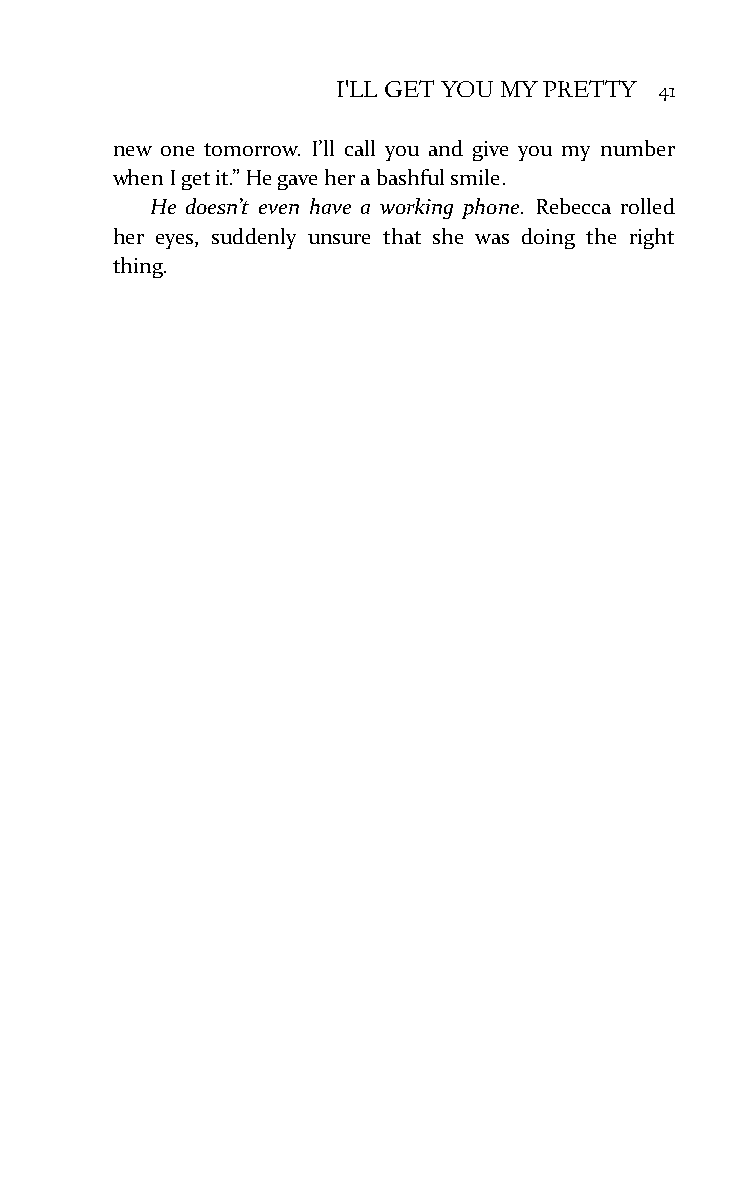
I'LL GET YOU MY PRETTY 41
 new one tomorrow. I’ll call you and give you my number
 when I get it.” He gave her a bashful smile.
 He doesn’t even have a working phone. Rebecca rolled
 her eyes, suddenly unsure that she was doing the right
 thing.